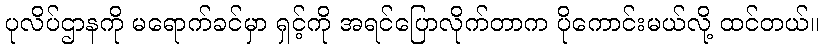
ပုလိပ်ဌာနကို မရောက်ခင်မှာ ရှင့်ကို အရင်ပြောလိုက်တာက ပိုကောင်းမယ်လို့ ထင်တယ်။